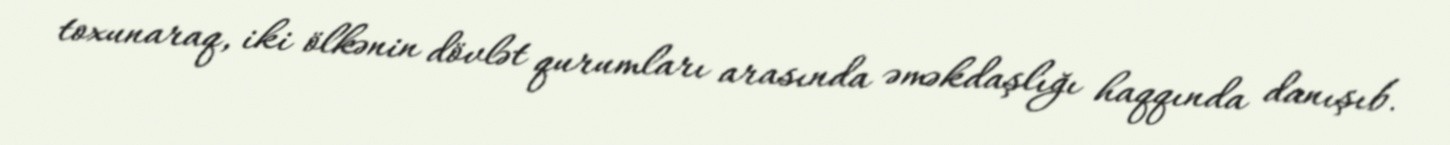
toxunaraq, iki ölkənin dövlət qurumları arasında əməkdaşlığı haqqında danışıb.